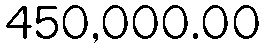
450,000.00